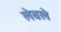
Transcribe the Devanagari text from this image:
लेबले